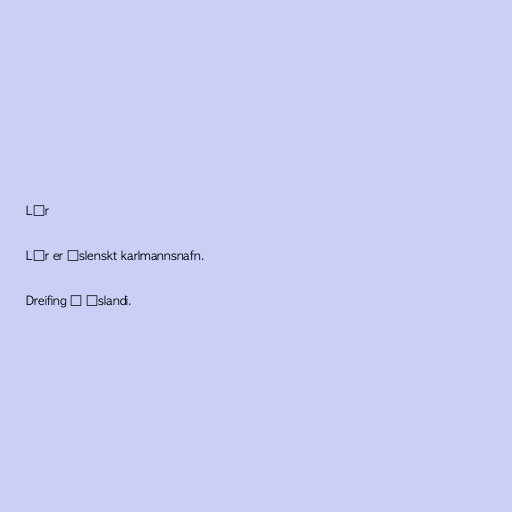
Lár

Lár er íslenskt karlmannsnafn.

Dreifing á Íslandi.